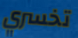
تخسري